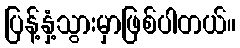
ပြန့်နှံ့သွားမှာဖြစ်ပါတယ်။